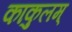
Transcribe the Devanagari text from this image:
काकुलम्